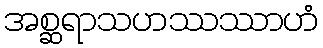
အစ္ဆရာသဟဿဿာဟံ